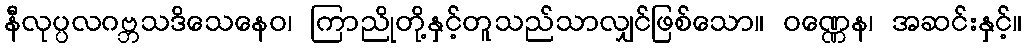
နီလုပ္ပလဂဗ္ဘသဒိသေနေဝ၊ ကြာညိုတို့နှင့်တူသည်သာလျှင်ဖြစ်သော။ ဝဏ္ဏေန၊ အဆင်းနှင့်။